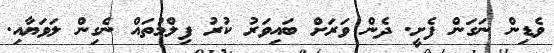
ވެޑިން ނަގަން ފެށީ. ދެން ވަރަށް ބައިވަރު ކުރު ފިލްމުތައް ނެގިން ލަވަޔާއި.